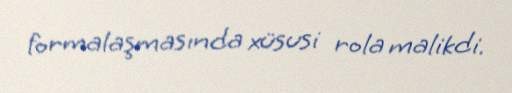
formalaşmasında xüsusi rola malikdi.